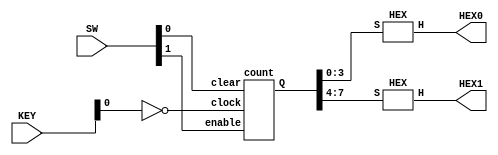
module Counter(SW, KEY, HEX0, HEX1);
    input[2:0] KEY;
    input[1:0] SW;
    output[6:0] HEX0, HEX1;
    wire[7:0] w1;

    count c1(
        .enable(SW[1]),
        .clock(~KEY[0]),
        .clear(SW[0]),
        .Q(w1)
    );
	 
	 HEX c2(
			.S(w1[3:0]),
			.H(HEX0)
	 );
	 
	 HEX c3(
			.S(w1[7:4]),
			.H(HEX1)
	 );
endmodule

module count(enable, clock, clear, Q);
    input enable, clock, clear;
    output[7:0] Q;
    wire w1, w2, w3, w4, w5, w6, w7;

    flipflop f0(
        .clock(clock),
        .clear(clear),
        .T(enable),
        .q(Q[0])
    );

    assign w1 = enable & Q[0];

    flipflop f1(
        .clock(clock),
        .clear(clear),
        .T(w1),
        .q(Q[1])
    );

    assign w2 = w1 & Q[1];

    flipflop f2(
        .clock(clock),
        .clear(clear),
        .T(w2),
        .q(Q[2])
    );

    assign w3 = w2 & Q[2];

    flipflop f3(
        .clock(clock),
        .clear(clear),
        .T(w3),
        .q(Q[3])
    );

    assign w4 = w3 & Q[3];

    flipflop f4(
        .clock(clock),
        .clear(clear),
        .T(w4),
        .q(Q[4])
    );

    assign w5 = w4 & Q[4];

    flipflop f5(
        .clock(clock),
        .clear(clear),
        .T(w5),
        .q(Q[5])
    );

    assign w6 = w5 & Q[5];

    flipflop f6(
        .clock(clock),
        .clear(clear),
        .T(w6),
        .q(Q[6])
    );

    assign w7 = w6 & Q[6];

    flipflop f7(
        .clock(clock),
        .clear(clear),
        .T(w7),
        .q(Q[7])
    );
endmodule


module flipflop(clock, clear, T, q);
    input clock, clear, T;
    output q;
    reg q;

    always @(posedge clock, negedge clear)
    begin
        if(~clear)
            q <= 1'b0;
        else
            q <= q ^ T;
    end
endmodule


module HEX(S,H);
    input [3:0]S;
    output [6:0]H;
   
    assign H[0]=(~S[3]&~S[2]&~S[1]&S[0]) |
                (~S[3]&S[2]&~S[1]&~S[0])|
                (S[3]&~S[2]&S[1]&S[0])|
                (S[3]&S[2]&~S[1]&S[0]);
    assign H[1]=(~S[3]&S[2]&~S[1]&S[0])|(S[3]&S[1]&S[0])|(S[2]&S[1]&~S[0])|(S[3]&S[2]&~S[0]);
    assign H[2]=(~S[3]&~S[2]&S[1]&~S[0])|(S[3]&S[2]&S[1])|(S[3]&S[2]&~S[0]);
    assign H[3]=(~S[3]&S[2]&~S[1]&~S[0])|(S[3]&~S[2]&S[1]&~S[0])|(S[2]&S[1]&S[0])|(~S[2]&~S[1]&S[0]);
    assign H[4]=(~S[3]&S[0])|(~S[2]&~S[1]&S[0])|(~S[3]&S[2]&~S[1]);
    assign H[5]=(S[3]&S[2]&~S[1]&S[0])|(~S[3]&S[1]&S[0])|(~S[3]&~S[2]&S[0])|(~S[3]&~S[2]&S[1]);
    assign H[6]=(S[3]&S[2]&~S[1]&~S[0])|(~S[3]&S[2]&S[1]&S[0])|(~S[3]&~S[2]&~S[1]);
endmodule